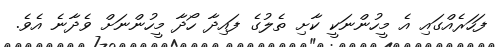
ފަހަރެއްގައި އެ މީހުންނަކީ ކާށި ތެލުގެ ފައިދާ ހޯދާ މީހުންނަށް ވެދާނެ އެވެ.